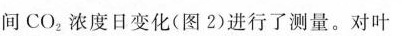
间CO_{2}浓度日变化(图2)进行了测量。对叶